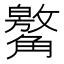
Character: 䚫